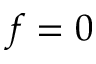
\* f = 0